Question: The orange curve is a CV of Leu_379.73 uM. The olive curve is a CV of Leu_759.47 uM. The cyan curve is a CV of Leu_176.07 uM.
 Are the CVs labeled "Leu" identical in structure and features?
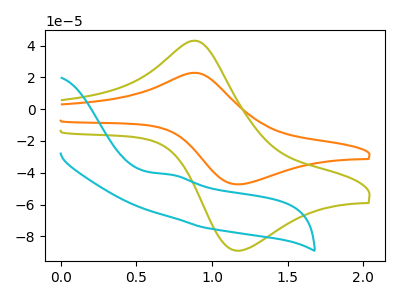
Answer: <think>The orange curve "Leu_379.73 uM" has an anodic peak at (0.90V, 22.90uA) and a cathodic peak at (1.20V, -47.30uA). The olive curve "Leu_759.47 uM" has an anodic peak at (0.90V, 43.10uA) and a cathodic peak at (1.20V, -89.05uA). The cyan curve "Leu_176.07 uM" has an anodic peak at: (0.75V, -41.20uA).
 All the peaks in "Leu_379.73 uM" have a peak in "Leu_759.47 uM" at the same potential. Every peak in "Leu_379.73 uM" is lower than every peak in "Leu_759.47 uM". "Leu_379.73 uM" and "Leu_176.07 uM" have a different number of peaks. "Leu_759.47 uM" and "Leu_176.07 uM" have a different number of peaks.</think>
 <answer>All the CV's of "Leu" have similar shape.</answer>
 <eval>follow_rule</eval>